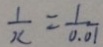
\frac { 1 } { x } = \frac { 1 } { 0 . 0 1 }